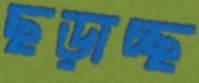
ছড়াচ্ছ